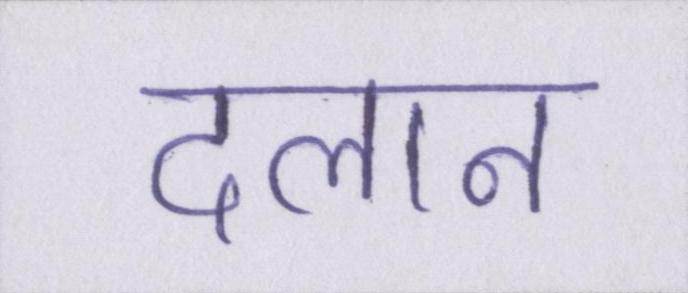
दलान